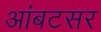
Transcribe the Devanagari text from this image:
आंबटसर